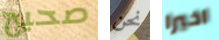
صحيح نحن اخيرا